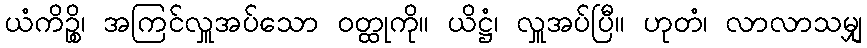
ယံကိဉ္စိ၊ အကြင်လှူအပ်သော ဝတ္ထုကို။ ယိဋ္ဌံ၊ လှူအပ်ပြီ။ ဟုတံ၊ လာလာသမျှ